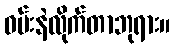
ဝမ်းနဲလိုက်တာဘုရား။